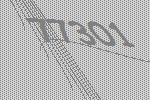
77301